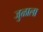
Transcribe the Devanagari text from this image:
जुळाला